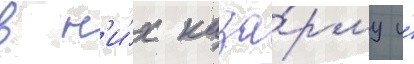
в н'и́х каза́рму и́